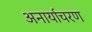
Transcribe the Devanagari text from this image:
अनार्याचरण